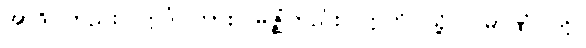
အာဒိ၊ တည်း။ ဣဒံ၊ ကား။ မဇ္ဈံတည်း။ ဣတိ၊ သို့။ ပမာဏံ၊ ကို။